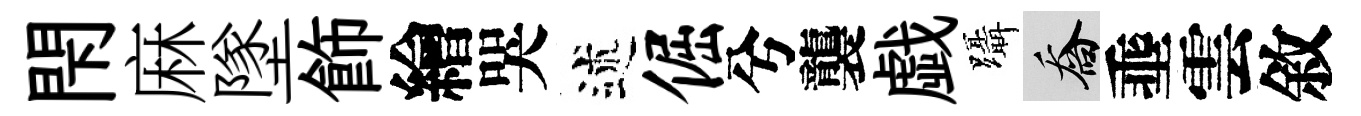
閇麻墜飾繪哭述倔兮襲戯躡喬埀雲敘